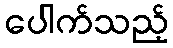
ပေါက်သည့်